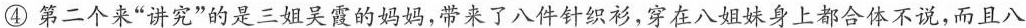
④第二个来”讲究”的是三姐吴霞的妈妈，带来了八件针织衫，穿在八姐妹身上都合体不说，而且八